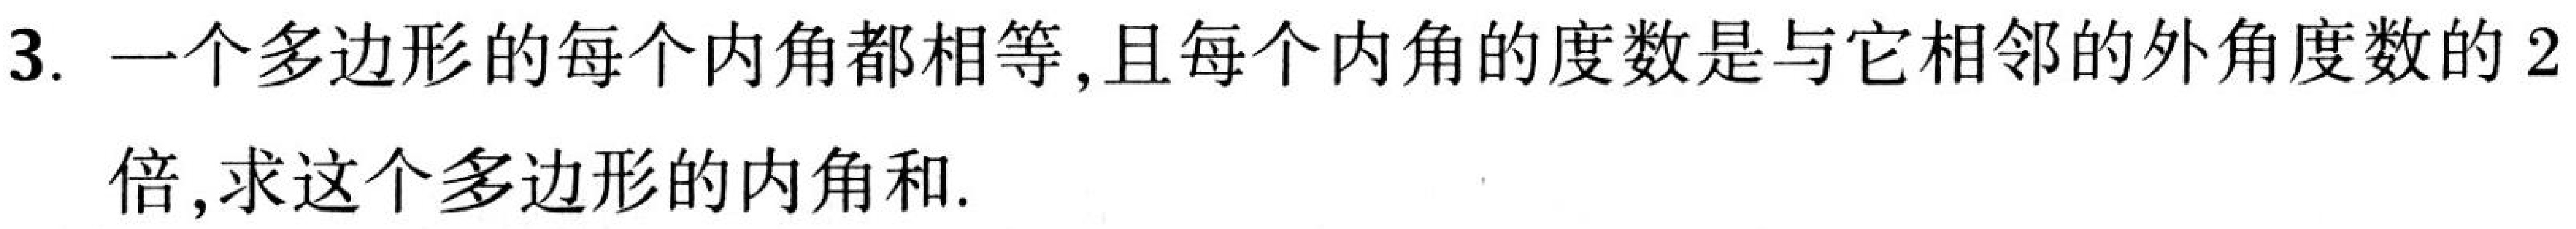
3. 一个多边形的每个内角都相等,且每个内角的度数是与它相邻的外角度数的2倍,求这个多边形的内角和.